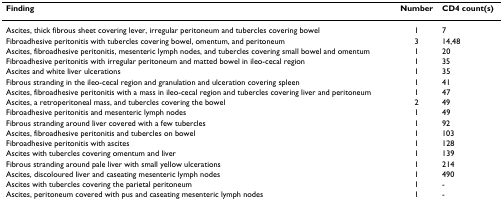
<table><thead><tr><td><b>Finding</b></td><td><b>Number</b></td><td><b>CD4 count(s)</b></td></tr></thead><tbody><tr><td>Ascites, thick fibrous sheet covering lever, irregular peritoneum and tubercles covering bowel</td><td>1</td><td>7</td></tr><tr><td>Fibroadhesive peritonitis with tubercles covering bowel, omentum, and peritoneum</td><td>3</td><td>14,48</td></tr><tr><td>Ascites, fibroadhesive peritonitis, mesenteric lymph nodes, and tubercles covering small bowel and omentum</td><td>1</td><td>20</td></tr><tr><td>Fibroadhesive peritonitis with irregular peritoneum and matted bowel in ileo-cecal region</td><td>1</td><td>35</td></tr><tr><td>Ascites and white liver ulcerations</td><td>1</td><td>35</td></tr><tr><td>Fibrous stranding in the ileo-cecal region and granulation and ulceration covering spleen</td><td>1</td><td>41</td></tr><tr><td>Ascites, fibroadhesive peritonitis with a mass in ileo-cecal region and tubercles covering liver and peritoneum</td><td>1</td><td>47</td></tr><tr><td>Ascites, a retroperitoneal mass, and tubercles covering the bowel</td><td>2</td><td>49</td></tr><tr><td>Fibroadhesive peritonitis and mesenteric lymph nodes</td><td>1</td><td>49</td></tr><tr><td>Fibrous stranding around liver covered with a few tubercles</td><td>1</td><td>92</td></tr><tr><td>Ascites, fibroadhesive peritonitis and tubercles on bowel</td><td>1</td><td>103</td></tr><tr><td>Fibroadhesive peritonitis with ascites</td><td>1</td><td>128</td></tr><tr><td>Ascites with tubercles covering omentum and liver</td><td>1</td><td>139</td></tr><tr><td>Fibrous stranding around pale liver with small yellow ulcerations</td><td>1</td><td>214</td></tr><tr><td>Ascites, discoloured liver and caseating mesenteric lymph nodes</td><td>1</td><td>490</td></tr><tr><td>Ascites with tubercles covering the parietal peritoneum</td><td>1</td><td>-</td></tr><tr><td>Ascites, peritoneum covered with pus and caseating mesenteric lymph nodes</td><td>1</td><td>-</td></tr></tbody></table>